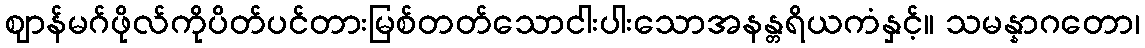
ဈာန်မဂ်ဖိုလ်ကိုပိတ်ပင်တားမြစ်တတ်သောငါးပါးသောအနန္တရိယကံနှင့်။ သမန္နာဂတော၊